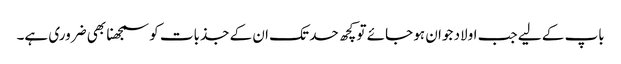
باپ کے لیے جب اولاد جوان ہو جائے تو کچھ حد تک ان کے جذبات کو سمجھنا بھی ضروری ہے۔